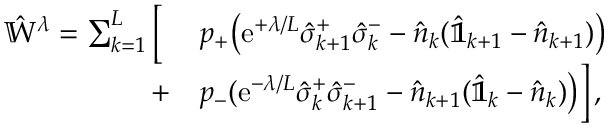
\begin{array} { r l } { \hat { \mathbb { W } } ^ { \lambda } = \sum _ { k = 1 } ^ { L } \Big [ \; } & { p _ { + } \big ( \mathrm { e } ^ { + \lambda / L } \hat { \sigma } _ { k + 1 } ^ { + } \hat { \sigma } _ { k } ^ { - } - \hat { n } _ { k } ( \hat { \mathbb { 1 } } _ { k + 1 } - \hat { n } _ { k + 1 } ) \big ) } \\ { + } & { p _ { - } ( \mathrm { e } ^ { - \lambda / L } \hat { \sigma } _ { k } ^ { + } \hat { \sigma } _ { k + 1 } ^ { - } - \hat { n } _ { k + 1 } ( \hat { \mathbb { 1 } } _ { k } - \hat { n } _ { k } ) \big ) \Big ] \, , } \end{array}